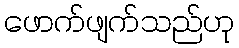
ဖောက်ဖျက်သည်ဟု